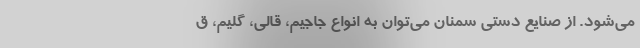
می‌شود. از صنایع دستی سمنان می‌توان به انواع جاجیم، قالی، گلیم، ق